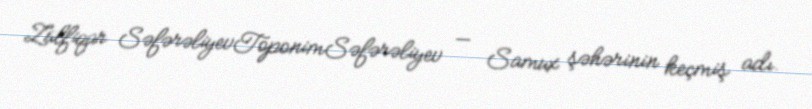
Zülfiqar SəfərəliyevToponimSəfərəliyev — Samux şəhərinin keçmiş adı.